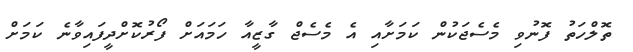
ތޮލްހަތު ފޮނުވި މެސެޖަކުން ކަމަށާއި އެ މެސެޖް ގާޒީއާ ހަމައަށް ފޯރުކޮށްދީފައިވާނެ ކަމަށް